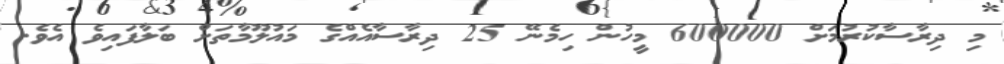
މި ދިރާސާކުރުމަށް 600000 މީހުން ހިމެނޭ 25 ދިރާސާއެއްގެ މައުލޫމާތަށް ބަލާފައިވެ އެވެ.